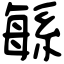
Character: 緐